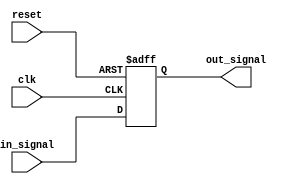
module timing_control_and_sync(
    input wire clk,
    input wire reset,
    input wire in_signal,
    output reg out_signal
);

reg [3:0] delay_length = 4'b0101; // Adjust delay length based on design requirements

always @(posedge clk or posedge reset) begin
    if (reset) begin
        out_signal <= 1'b0;
    end else begin
        #delay_length out_signal <= in_signal; // Delay input signal by specified amount of time
    end
end

endmodule